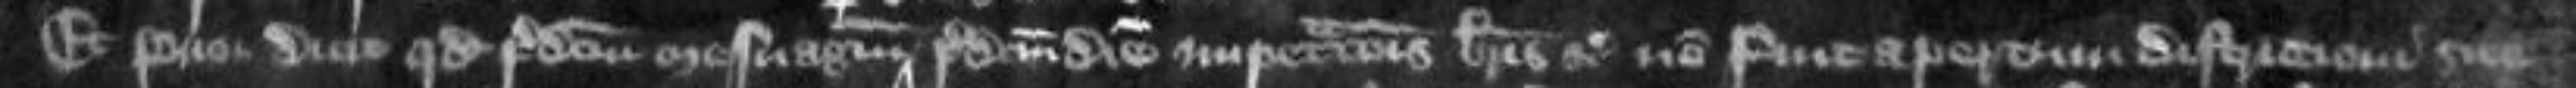
Et prior dicit quod predictum mesuagium predictum diem impetrationis brevis etc non fuit apertum districtioni sue